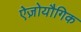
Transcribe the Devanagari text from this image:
ऐज़ोयौगिक